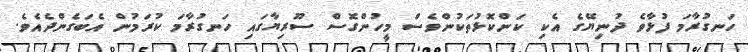
ހަނގުރާމަ ފުޅާވެ ދުނިޔޭގެ އެކި ކަންކޮޅުތަކުންވެސް މީހުންގޮސް ސޫރިޔާގައި ހަނގުރާމަ ކުރަމުން އެބަގެންދެއެވެ.